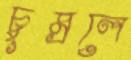
চুম্‌রলে